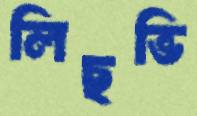
লিছভি